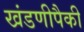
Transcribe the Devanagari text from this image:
खंडणीपैकी